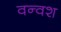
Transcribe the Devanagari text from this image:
वन्वश